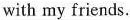
with my friends.